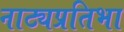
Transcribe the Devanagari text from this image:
नाट्यप्रतिभा